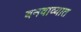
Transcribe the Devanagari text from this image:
बनवाव्यात